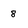
Character: 8